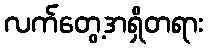
လက်တွေ့အရှိတရား